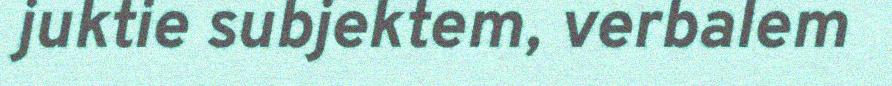
juktie subjektem, verbalem